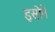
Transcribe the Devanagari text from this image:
इसोने